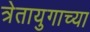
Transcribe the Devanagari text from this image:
त्रेतायुगाच्या